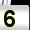
Digit: 5